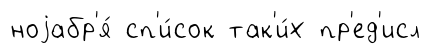
ноjабр'я́ сп'и́сок так'и́х пр'ед'исл